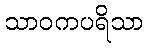
သာဝကပရိသာ